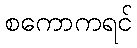
စကောကရင်